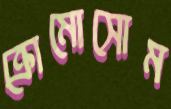
ক্রোমোসোম